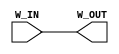
module onewire(input  W_IN, output W_OUT);
  assign W_OUT = W_IN;
endmodule